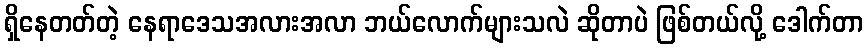
ရှိနေတတ်တဲ့ နေရာဒေသအလားအလာ ဘယ်လောက်များသလဲ ဆိုတာပဲ ဖြစ်တယ်လို့ ဒေါက်တာ